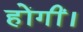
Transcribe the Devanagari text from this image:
होंगीं।